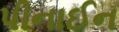
પીનાઈન